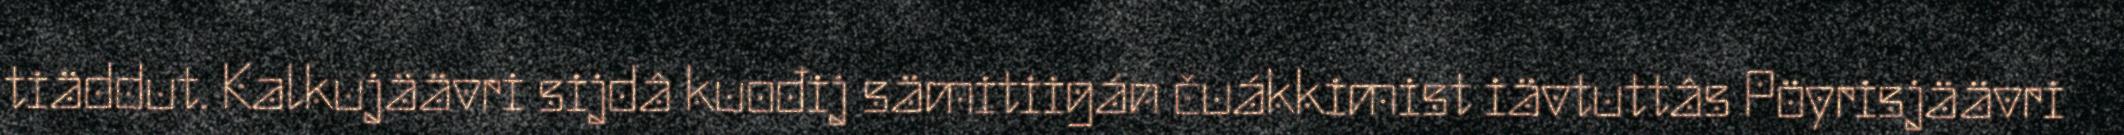
tiäddut. Kalkujäävri sijdâ kuođij sämitiigán čuákkimist iävtuttâs Pöyrisjäävri